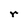
Character: r